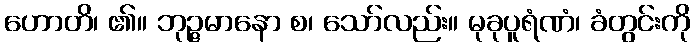
ဟောတိ၊ ၏။ ဘုဉ္ဇမာနော စ၊ သော်လည်း။ မုခုပူရံဏံ၊ ခံတွင်းကို